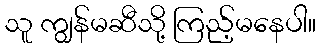
သူ ကျွန်မဆီသို့ ကြည့်မနေပါ။